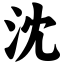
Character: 沈